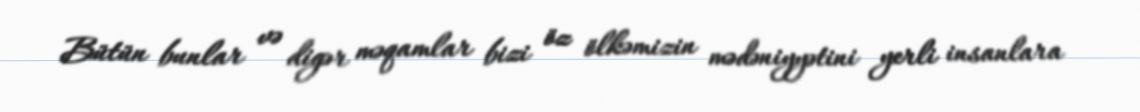
Bütün bunlar və digər məqamlar bizi öz ölkəmizin mədəniyyətini yerli insanlara